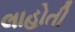
લાહોતી